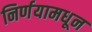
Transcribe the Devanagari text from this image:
निर्णयामधून